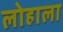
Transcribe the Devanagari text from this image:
लोहाला